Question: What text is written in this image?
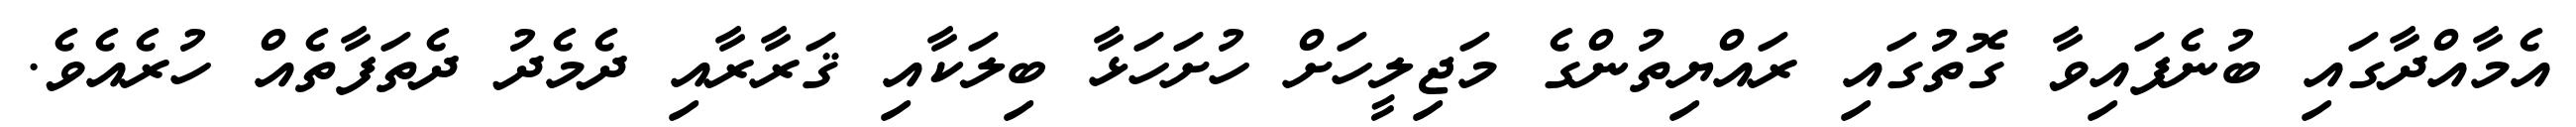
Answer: އެމާއްދާގައި ބުނެފައިވާ ގޮތުގައި ރައްޔިތުންގެ މަޖިލީހަށް ހުށަހަޅާ ބިލަކާއި ޤަރާރާއި ދެމެދު ދެތަފާތެއް ހުރެއެވެ.